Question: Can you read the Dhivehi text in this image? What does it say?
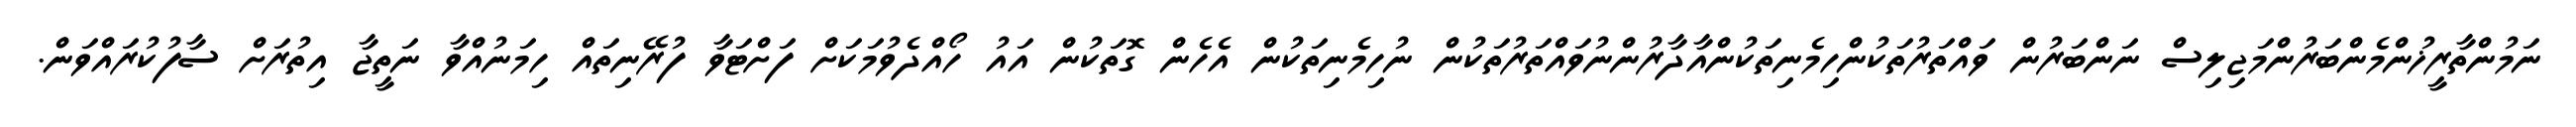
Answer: ނަމުންތާރީޚުންމެންބަރުންމަޖިލިސް ނަންބަރުން ވައްތަރުތަކުންހިމެނިތަކުންއާދާރުންނުވައްތަރުތަކުން ނުހިމެނިތަކުން އެހެން ގޮތަކުން އައު ހޯއްދެވުމަކަށް ފަށްޓަވާ ފުރޭނިތައް ހިމަނުއްވާ ނަތީޖާ އިތުރަށް ސާފުކުރައްވަން.